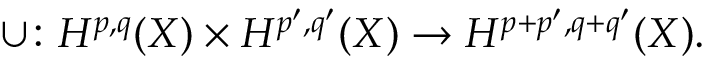
\cup \colon H ^ { p , q } ( X ) \times H ^ { p ^ { \prime } , q ^ { \prime } } ( X ) \rightarrow H ^ { p + p ^ { \prime } , q + q ^ { \prime } } ( X ) .